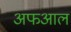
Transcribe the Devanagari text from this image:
अफआल